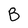
Character: B